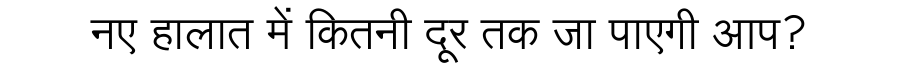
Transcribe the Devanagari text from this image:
नए हालात में कितनी दूर तक जा पाएगी आप?